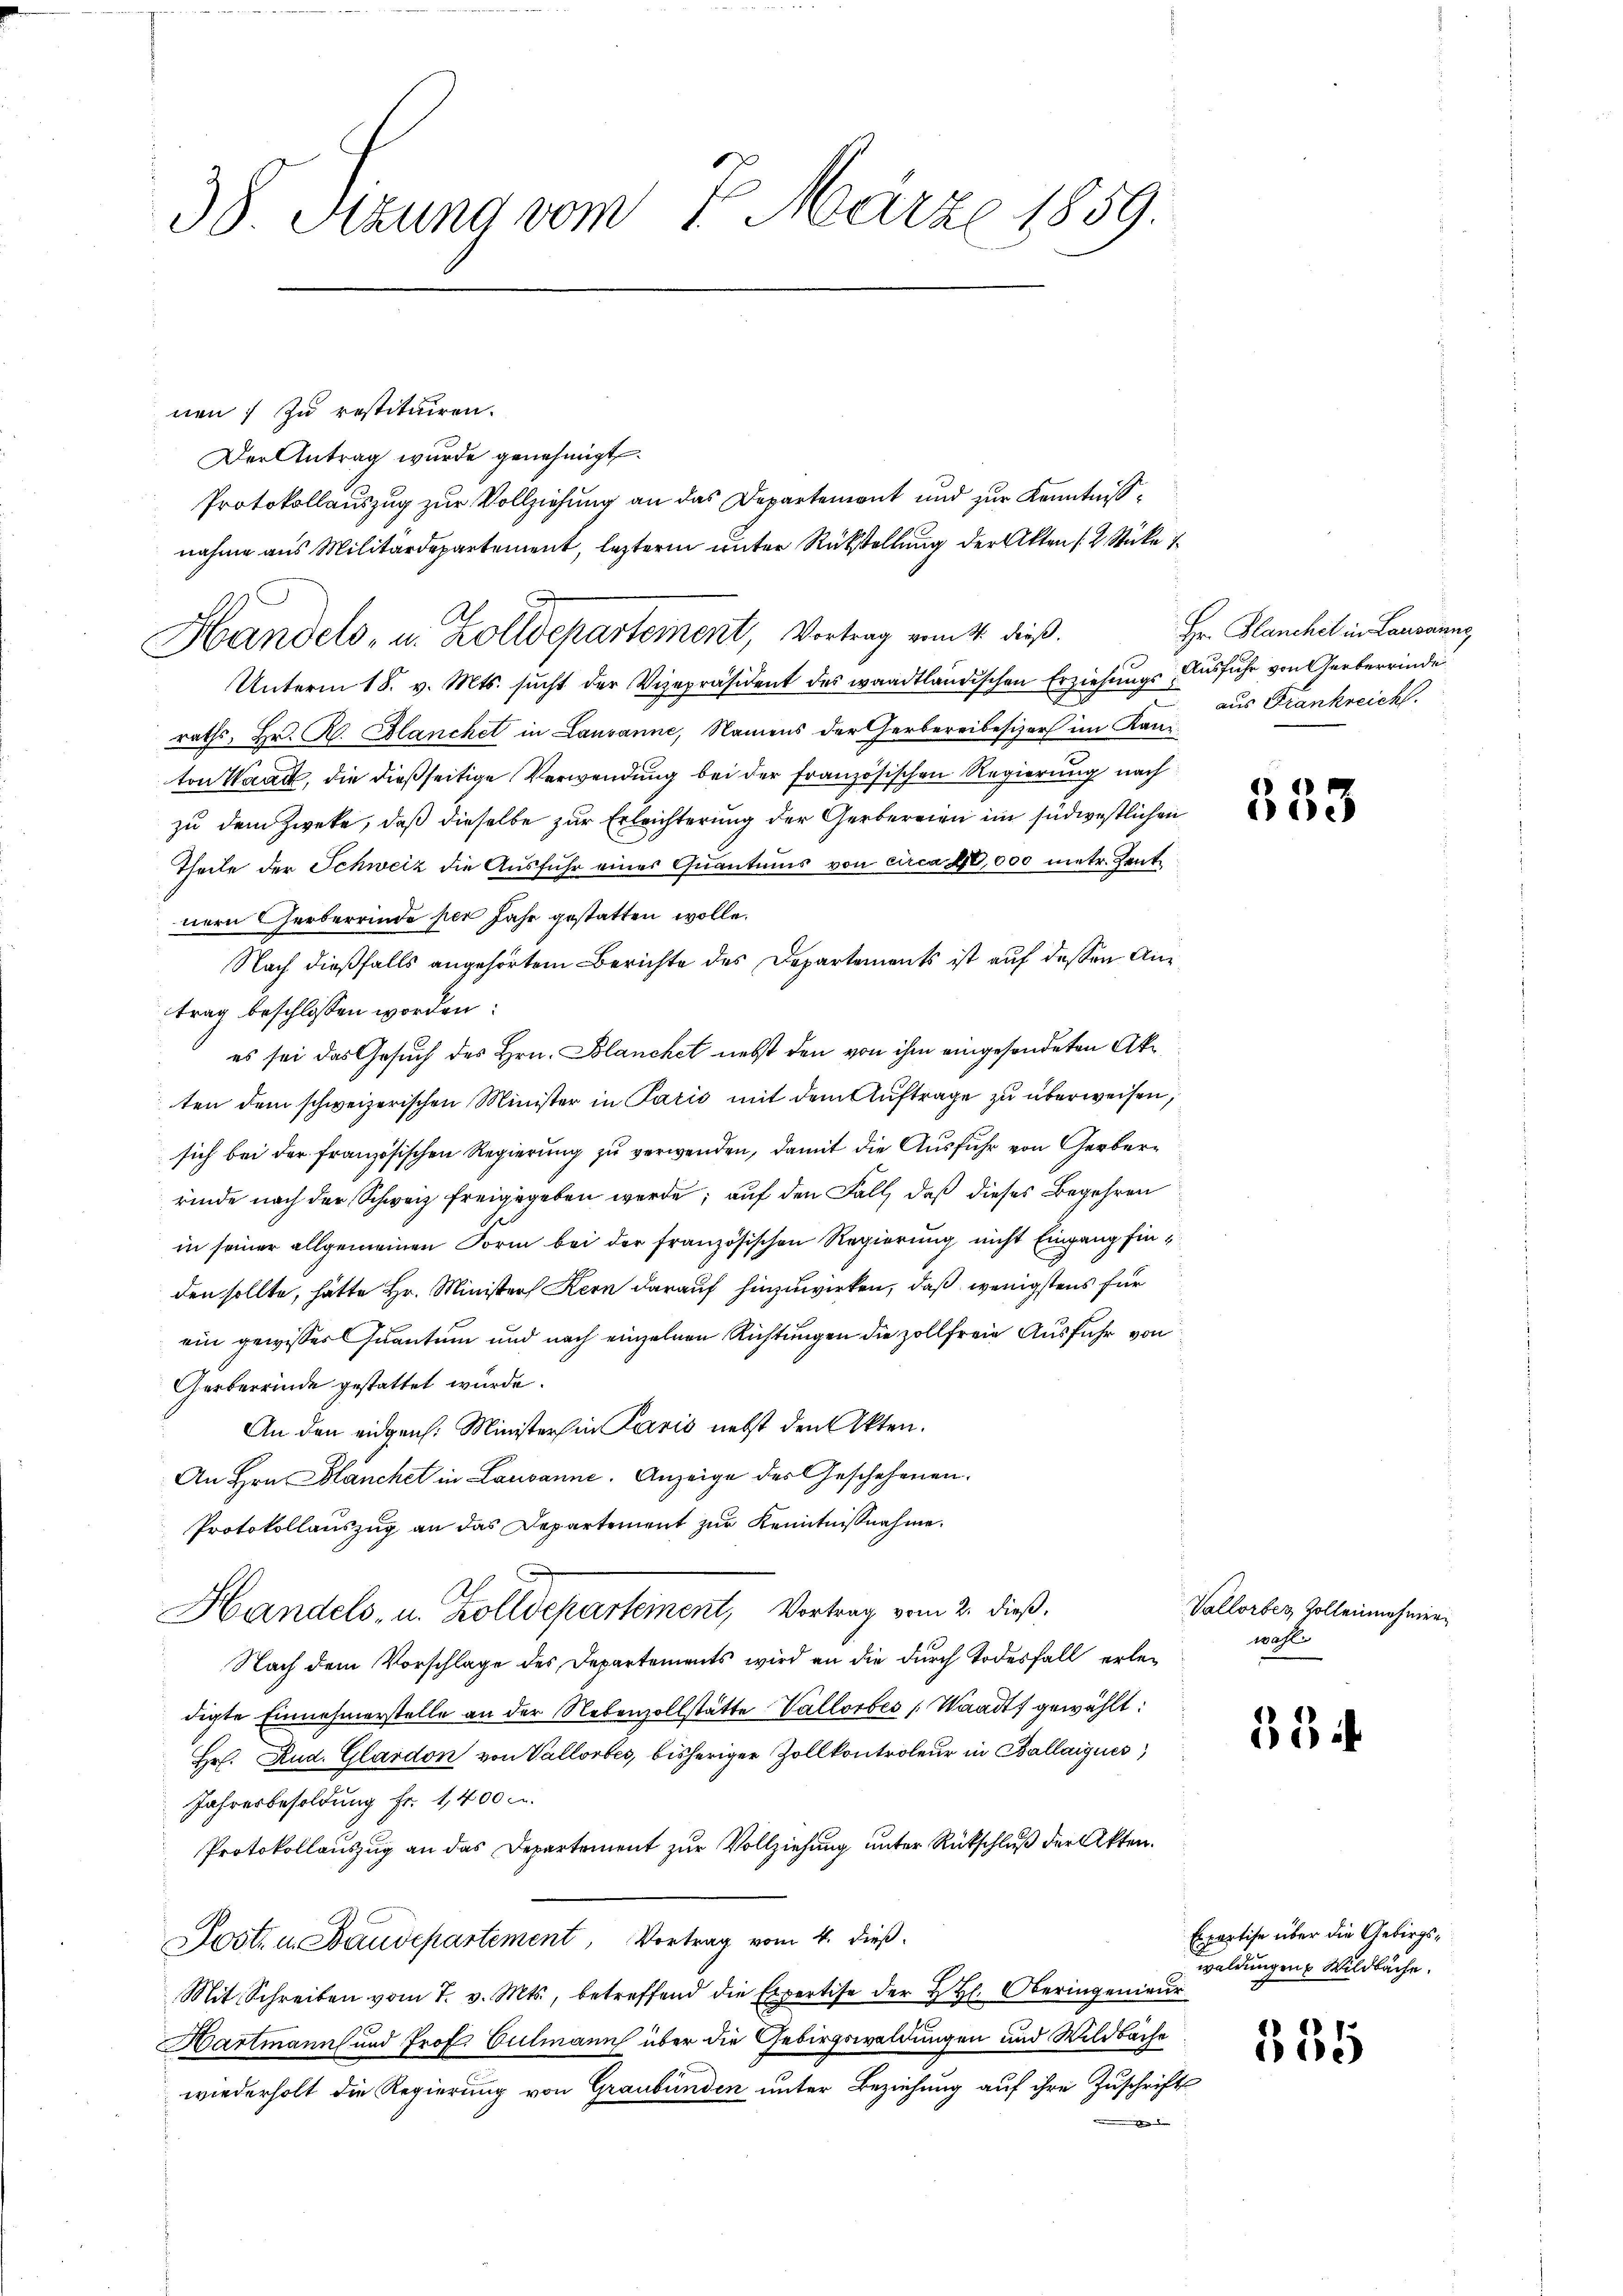
38. Sizung vom 7. März 1859.

nen) zu restituiren.
Der Antrag wurde genehmigt.
Protokollauszug zur Vollziehung an das Departemont und zur Kenntnißnahme aus Militärdepartement, lezteren unter Rückstellung der Akten 12 Stücke i
Unterm 18. v. Mts. sucht der Vizepräsident des waadtländischen Erziehungs Ausfuhr von Gerberrinde
raths, Hr. R. Blanchet in Lausanne, Namens der Gerbereibesizer im Kan des Frankreich.
ton Waadt, die dießseitige Verwendung bei der französischen Regierung nach
zu dem Zweke, daß dieselbe zur Erleichterung der Gerbereien im südwestlichen
Theile der Schweiz die Ausfuhr eines Quantums von circa 10,000 metr. Zentnern herberrinde per Jahr gestatten wolle.
Nach dießfalls angehörtem Berichte des Departements ist auf dessen Antrag beschlossen worden:
es sei das Gesuch des Hrn. Blanchet nebst den von ihm eingesendeten Akten dem schweizerischen Minister in Paris mit dem Auftrage zu überweisen,
sich bei der französischen Regierung zu verwenden, damit die Ausfuhr von Gerber
rinde nach der Schweiz freigegeben werde; auf den Fall, daß dieses Begehren
in seiner allgemeinen Form bei der französischen Regierung nicht Eingang finden sollte, hätte Hr. Minister Kern darauf hinzuwirken, daß wenigstens für
ein gewisses Quantum und nach einzelnen Richtungen die zollfreie Ausfuhr von
Gerberrinde gestattet wurde.
An den eidgen. Ministers in Paris nebst den Akten.
An Hrn. Blanchet in Lausann. Anzeige des Geschehenen.
Protokollauszug an das Departement zur Kenntnißnahme.
Handels- u. Zolldepartement, Vortrag vom 2. dieß.
Nach dem Vorschlage des Departements wird an die durch Todesfall erledigte Einnahmerstelle an der Nebenzollstätte Vallorbes Waadt gewählt:
Hr. Rud. Glardon von Vallorbes, bisheriger Zollkontroleur in Ballaigues
Jahresbesoldung Fr. 1,400 m
Protokollauszug an das Departement zur Vollziehung unter Rückschluß der Akten.
Post u. Baudepartement, Vortrag vom 4. dieß.
Mit Schreiben vom 7. v. Mts., betreffend die Expertise der H. H. Oberingenieur
Hartmanns und Prof. Culmann über die Gebirgswaldungen und Wildbache
wiederholt die Regierung von Graubünden unter Beziehung auf ihre Zuschrift
m

Handels- u. Zolldepartement, Vortrag vom 4. dieß.

Hr. Planchet in Lausanne

333

Vallorben Zollennehmer
wahl

34

Exportise über die Gebirgswaldungen Wildbache.

335